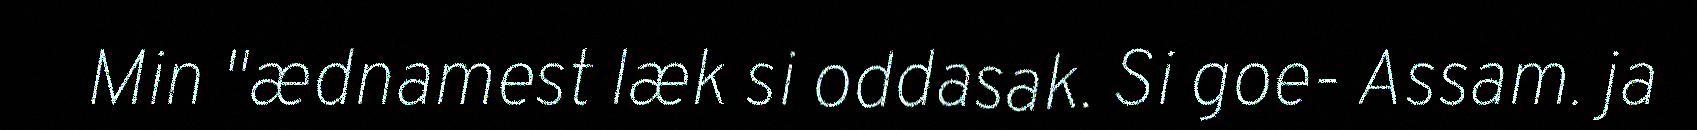
Min "ædnamest læk si oddasak. Si goe- Assam. ja